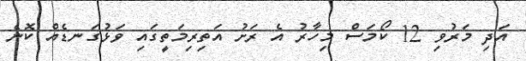
އަދި މަރުވި 12 ކޯމަސް މިހާރު އެ ރަށު އަތިރިމަތީގައި ވަޅުގަނޑެއް ކޮނެ